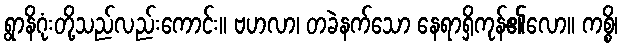
ရွာနိဂုံးတို့သည်လည်းကောင်း။ ဗဟလာ၊ တခဲနက်သော နေရာရှိကုန်၏လော။ ကစ္စိ၊